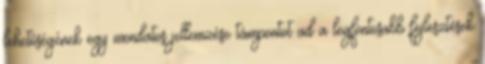
lehetőségének egy mondatos jellemzése támpontot ad a legfontosabb fejlesztések